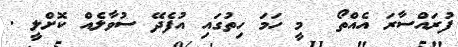
ފުރައްސާރަ އެެއްތޯ  މީ ހަމަ ހިތުގައި އުފެދޭ ސުވާލެއް ކޮށްލީ .